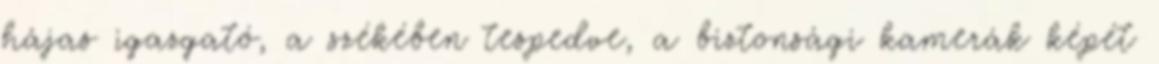
hájas igazgató, a székében tespedve, a biztonsági kamerák képét